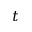
t